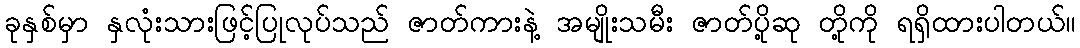
ခုနှစ်မှာ နှလုံးသားဖြင့်ပြုလုပ်သည် ဇာတ်ကားနဲ့ အမျိုးသမီး ဇာတ်ပို့ဆု တို့ကို ရရှိထားပါတယ်။